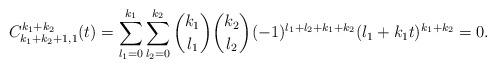
LaTeX: \begin{align*} C_{k_1+k_2+1,1}^{k_1+k_2}(t)=\sum_{l_1=0}^{k_1} \sum_{l_2=0}^{k_2}\binom{k_1}{l_1} \binom{k_2}{l_2}(-1)^{l_1+l_2+k_1+k_2}(l_1+k_1t)^{k_1+k_2}=0. \end{align*}